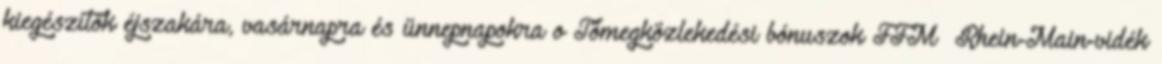
kiegészítők éjszakára, vasárnapra és ünnepnapokra o Tömegközlekedési bónuszok FFM Rhein-Main-vidék